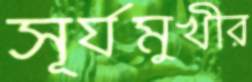
সূর্যমুখীর